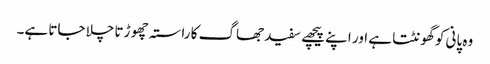
وہ پانی کو گھونٹتا ہے اور اپنے پیچھے سفید جھاگ کا راستہ چھو ڑتا چلا جاتا ہے۔